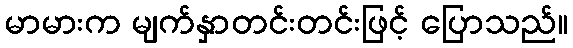
မာမားက မျက်နှာတင်းတင်းဖြင့် ပြောသည်။